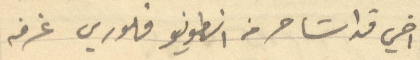
اخي قد استاجر من أنطونيو فلوريس غرفه